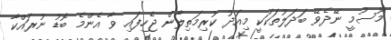
މޫސުމީ ނޭދެވޭ ބަދަލުތަކަކީ މިއަދު ކުރިމަތިލާން ޖެހިފައި ވާ އެންމެ ބޮޑު ނުރައްކާ